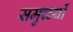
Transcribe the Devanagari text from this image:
समुच्च्यों